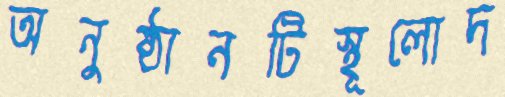
অনুষ্ঠানটিস্থূলোদ